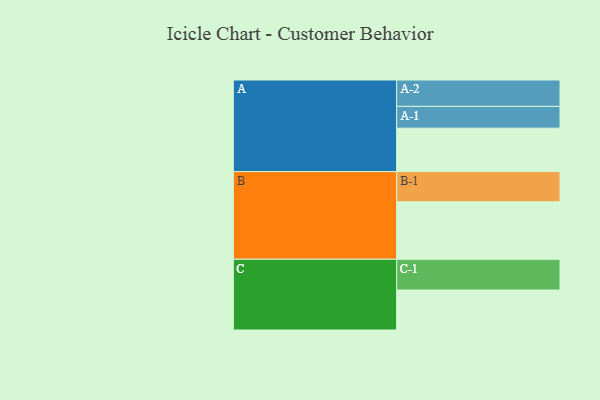
{"axis": {"x": "Segment", "y": "Value"}, "legend": ["", "A", "B", "C"], "data": [{"x": "A", "y": 377, "type": ""}, {"x": "B", "y": 499, "type": ""}, {"x": "C", "y": 347, "type": ""}, {"x": "A-1", "y": 189, "type": "A"}, {"x": "A-2", "y": 229, "type": "A"}, {"x": "B-1", "y": 262, "type": "B"}, {"x": "C-1", "y": 267, "type": "C"}]}